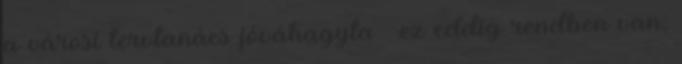
a városi tervtanács jóváhagyta – ez eddig rendben van,